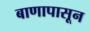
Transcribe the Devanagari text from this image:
बाणापासून